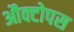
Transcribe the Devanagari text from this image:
औक्टोपस